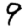
Digit: 9